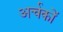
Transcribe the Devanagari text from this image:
अर्चकों